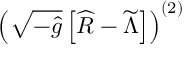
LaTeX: \left( \sqrt { - { \widehat g } } \left[ { \widehat R } - { \widetilde \Lambda } \right] \right) ^ { ( 2 ) }